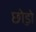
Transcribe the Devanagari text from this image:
छो़ड़ो